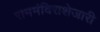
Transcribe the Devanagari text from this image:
राममंदिराशेजारी